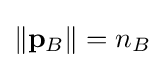
\|\mathbf {p} _{B}\|=n_{B}